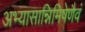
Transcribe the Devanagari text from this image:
अभ्यासान्निमिषेणैवं